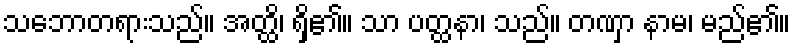
သဘောတရားသည်။ အတ္ထိ၊ ရှိ၏။ သာ ပတ္ထနာ၊ သည်။ တဏှာ နာမ၊ မည်၏။